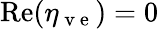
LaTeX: \mathrm{Re}(\eta_{\mathrm{~v~e~}})=0